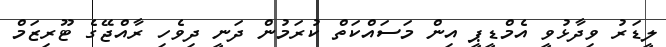
ލީޑަރު ވިދާޅުވީ އެމްޑީޕީ އިން މަސައްކަތް ކުރަމުން ދަނީ ދިވެހި ރާއްޖޭގެ ޓޫރިޒަމް